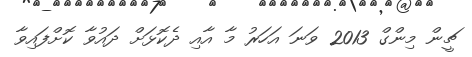
ޗީން މިންގް 2013 ވަނަ އަހަރު މާ އާއި ދެކޮޅަށް ދައުވާ ކޮށްފައިވާ